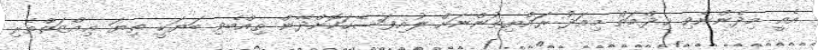
އެއީ މިދެންނެވި ޚިދްމަތް މިއަދު ރައްޔިތުންނަށް ލުއިފަސޭހަކޮށްދޭން ތިއްބެވި ބަޔަކީ ތިޔަ ޢިއްޒަތްތެރި